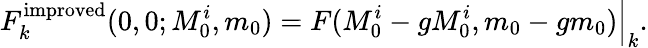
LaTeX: F_{k}^{\mathrm{improved}}(0,0;M_{0}^{i},m_{0})=F(M_{0}^{i}-gM_{0}^{i},m_{0}-gm_{0})\Big|_{k}.